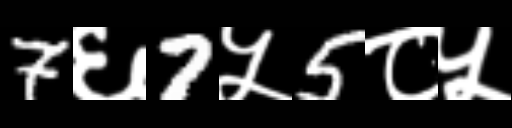
Text: 7६7५5८५